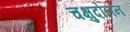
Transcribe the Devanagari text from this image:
चक्षुदोलन